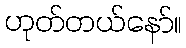
ဟုတ်တယ်နော်။